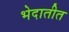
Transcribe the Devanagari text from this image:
भेदातीत